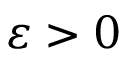
\varepsilon > 0